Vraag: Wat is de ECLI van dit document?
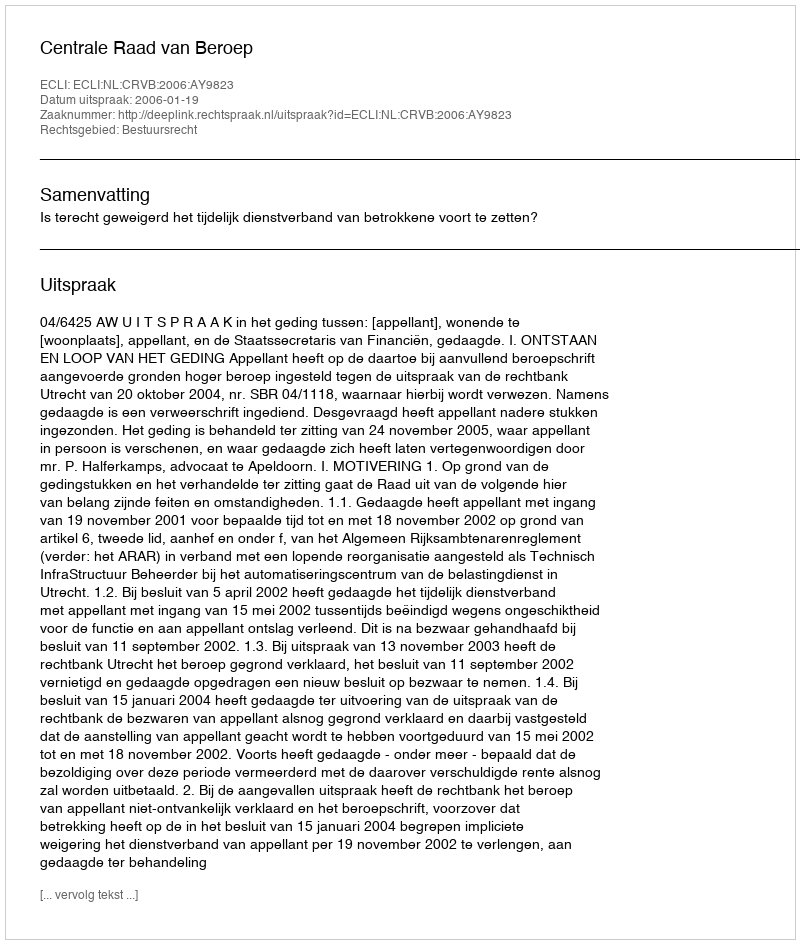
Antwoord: ECLI:NL:CRVB:2006:AY9823